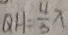
Q H = \frac { 4 } { 3 } x